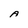
Character: A